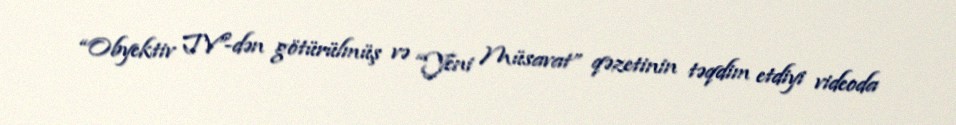
“Obyektiv TV”-dən götürülmüş və “Yeni Müsavat” qəzetinin təqdim etdiyi videoda